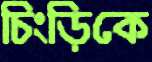
চিংড়িকে